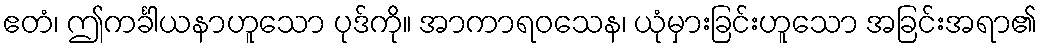
ဧတံ၊ ဤကင်္ခါယနာဟူသော ပုဒ်ကို။ အာကာရဝသေန၊ ယုံမှားခြင်းဟူသော အခြင်းအရာ၏